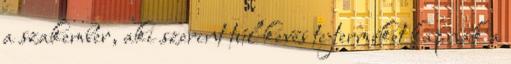
a szakember, aki szerint túl kevés tejterméket kapnak a